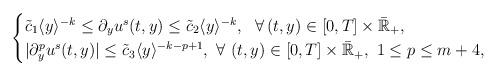
LaTeX: \begin{align*} \begin{cases}\tilde{c}_1\langle y \rangle^{-k}\le \partial_y u^s(t, y) \le \tilde{c}_2 \langle y \rangle^{-k}, ~~\forall\,(t, y)\in [0, T]\times \bar{\mathbb{R}}_+,\\|\partial_y^p u^s(t, y)| \le \tilde{c}_3 \langle y \rangle^{-k-p+1},\,\, \forall\,\,(t, y)\in [0, T]\times \bar{\mathbb{R}}_+,\,\, 1\le p\le m+4, \end{cases}\end{align*}